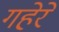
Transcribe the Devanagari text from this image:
गहेरे